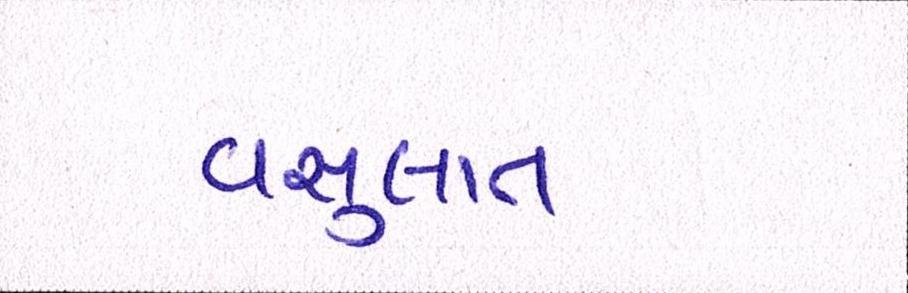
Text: વસુલાત